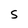
Character: S